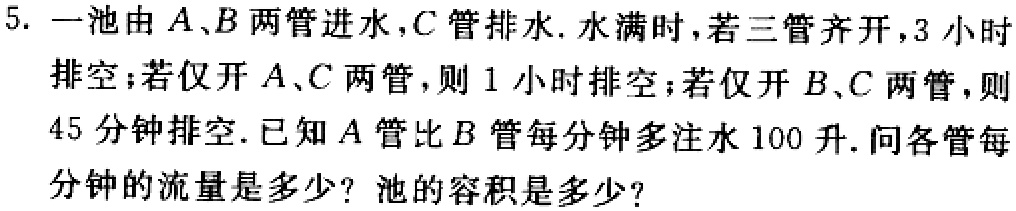
5. 一池由\(A、B\)两管进水，\(C\)管排水. 水满时，若三管齐开，\(3\)小时排空；若仅开\(A、C\)两管，则\(1\)小时排空；若仅开\(B、C\)两管，则\(45\)分钟排空. 已知\(A\)管比\(B\)管每分钟多注水\(100\)升. 问各管每分钟的流量是多少？池的容积是多少？